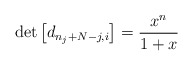
\begin{align*}\det\left[d_{n_{j}+N-j,i}\right] = \frac{x^{n}}{1+x}\end{align*}